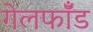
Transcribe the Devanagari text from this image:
गेलफॉँड